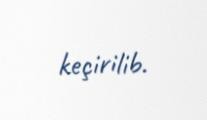
keçirilib.